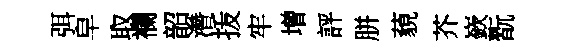
弭皁取襴韶濳㧞牢增評胼藐芥嶔翫